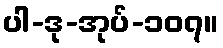
ပါ-ဒု-အုပ်-၁၀၇။